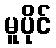
မူပိုင်